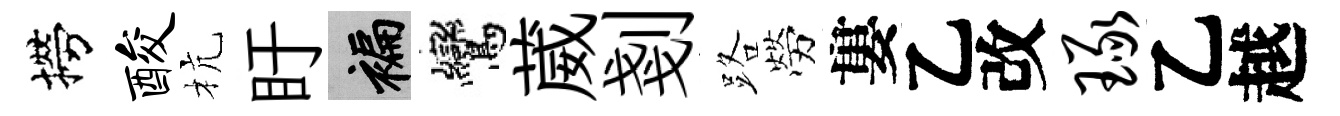
撈酸杭盱褊鸞葳剗路勞婁乙改琢乙越